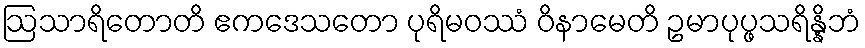
ဩသာရိတောတိ ဧကဒေသတော ပုရိမဝဿံ ဝိနာမေတိ ဥမာပုပ္ဖသရိန္နိဘံ